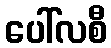
ပေါ်လစီ